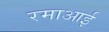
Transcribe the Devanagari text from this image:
रमाआई